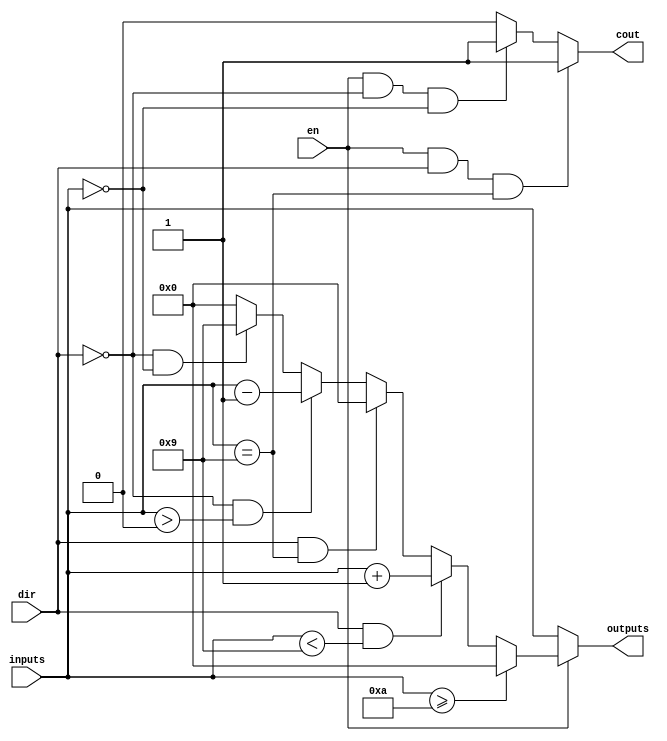
module Lab2_1 (inputs, en, dir, outputs, cout);
	
	input	[3:0] inputs;
	input	en, dir;
	output	[3:0] outputs;
	output	cout;
	
	assign cout = (en == 1 && dir == 1 && inputs == 4'b1001) ? 1 :
				  (en == 1 && dir == 0 && inputs == 4'b0000) ? 1 : 0;
	
	assign outputs = (en == 0) ? inputs :
					 (inputs >= 4'b1010) ? 4'b0000 :
					 (dir == 1 && inputs < 4'b1001) ? inputs + 1 :
					 (dir == 1 && inputs == 4'b1001) ? 4'b0000 :
					 (dir == 0 && inputs > 4'b0000) ? inputs - 1 :
					 (dir == 0 && inputs == 4'b0000) ? 4'b1001 : 4'b0000; 
	
endmodule